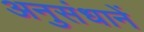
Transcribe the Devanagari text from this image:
अनुसंधानें